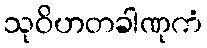
သုဝိဟတခါဏုကံ